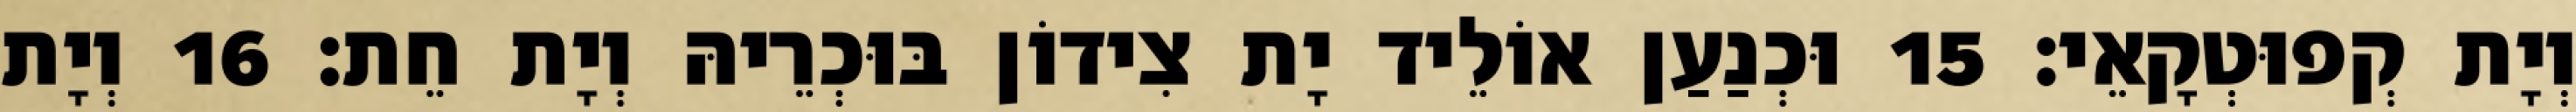
וְיָת קְפוּטְקָאֵי׃ 15 וּכְנַעַן אוֹלֵיד יָת צִידוֹן בּוּכְרֵיהּ וְיָת חֵת׃ 16 וְיָת